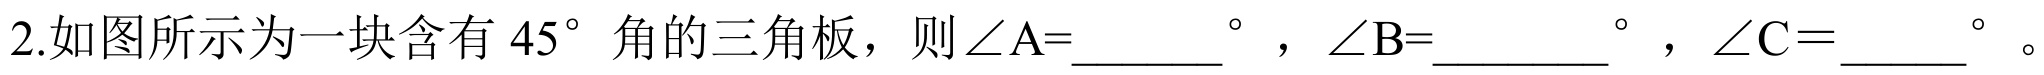
2.如图所示为一块含有$45^{\circ}$角的三角板，则$\angle A = \underline{\qquad}^{\circ}$，$\angle B=\underline{\qquad\;\;}^{\circ}$，$\angle C=\underline{\quad\;}^{\circ}$。